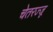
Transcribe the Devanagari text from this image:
चेतरज्जू